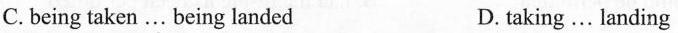
C.being taken ... being landed D.taking ... landing